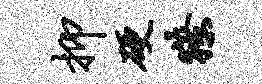
抑硬獠